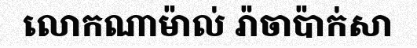
លោកណាម៉ាល់ រ៉ាចាប៉ាក់សា